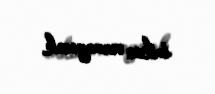
imkan verməyəcək.